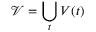
\mathscr { V } = \bigcup _ { t } V ( t )